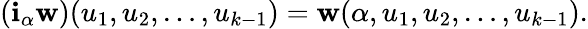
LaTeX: (\mathbf{i}_{\alpha}{\mathbf{{w}}})(u_{1},u_{2},\ldots,u_{k-1})={\mathbf{{w}}}(\alpha,u_{1},u_{2},\ldots,u_{k-1}).